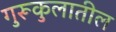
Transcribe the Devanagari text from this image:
गुरूकुलातील